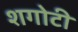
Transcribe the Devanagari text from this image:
शगोटी